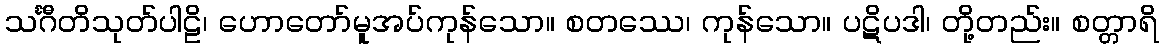
သင်္ဂီတိသုတ်ပါဠိ၊ ဟောတော်မူအပ်ကုန်သော။ စတဿေ၊ ကုန်သော။ ပဋိပဒါ၊ တို့တည်း။ စတ္တာရိ